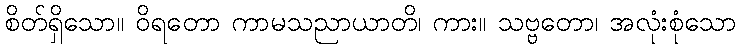
စိတ်ရှိသော။ ဝိရတော ကာမသညာယာတိ၊ ကား။ သဗ္ဗတော၊ အလုံးစုံသော